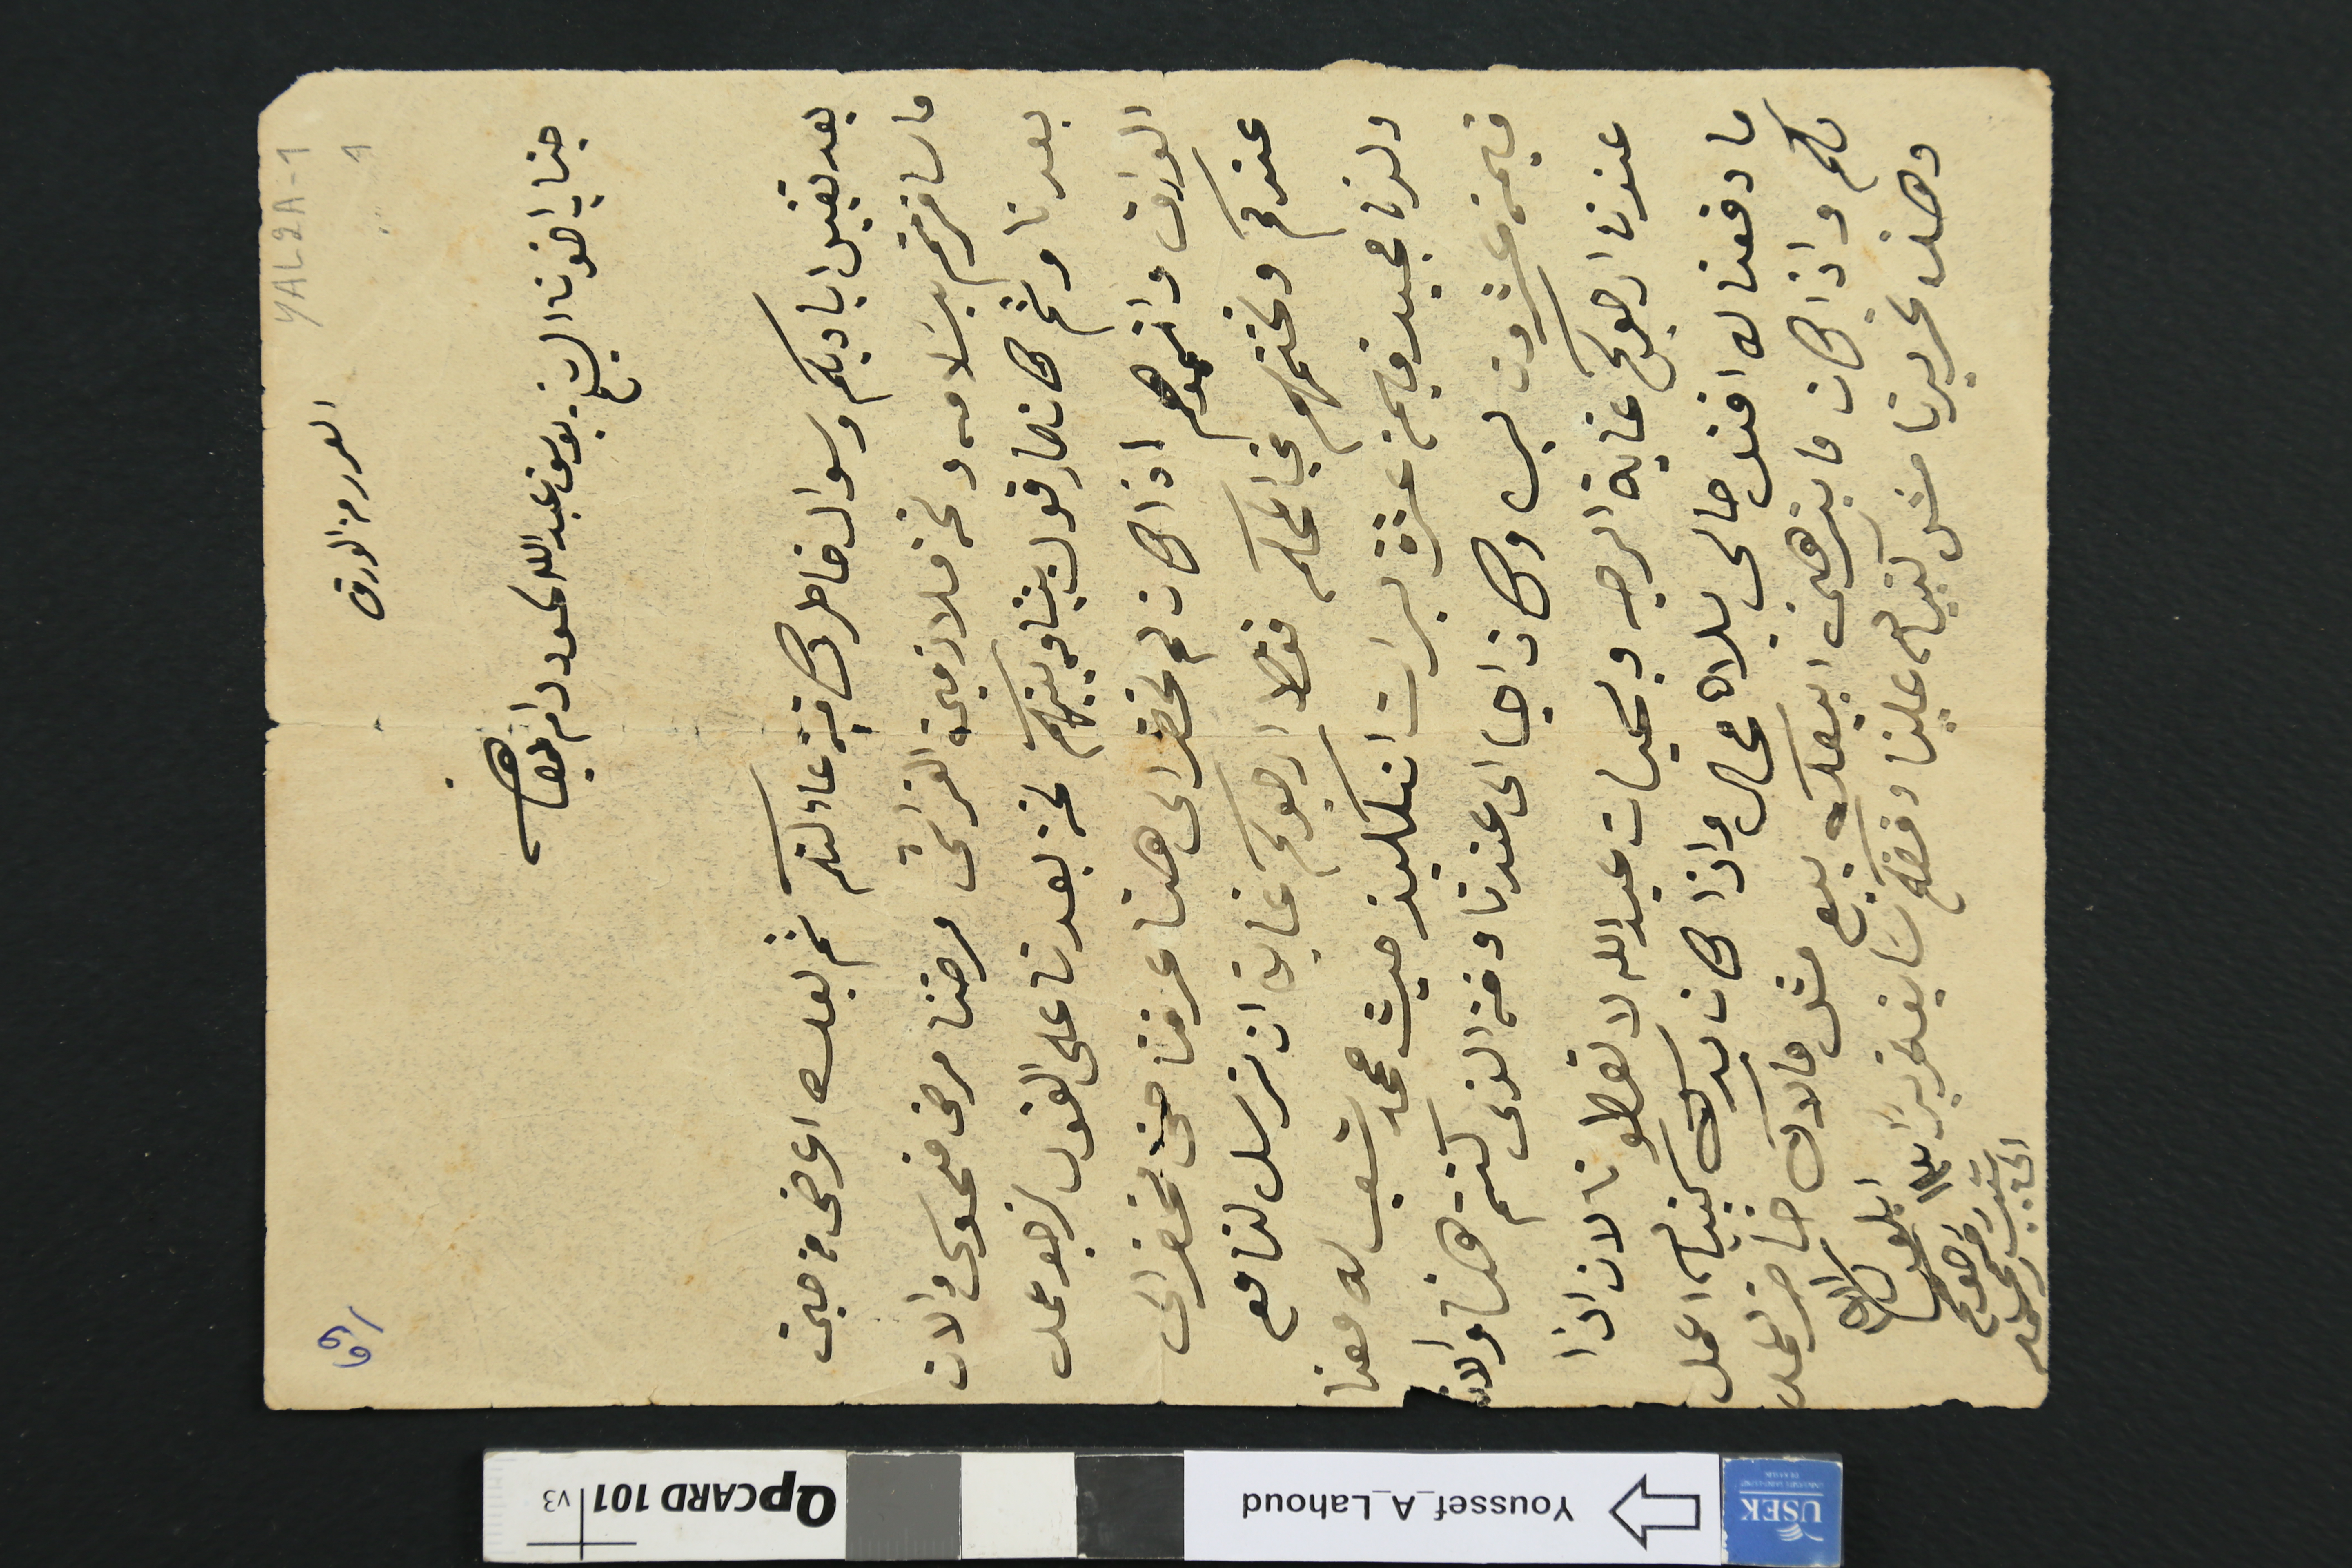
YAL2A-1
العرر من الورق
69
جناب اخونا الشيخ يوسف عبد الله لحود دام بقاه
بعد تقبيل اياديكم وسوال خاطرك فية عاءلتكم ثم بعد اعرض من حين
ما سافرتم بسَلامه ونحن ملازمين الفراش مرضنا مرض منحوس والان
بعدنا وثم كان صار قول بيننا وبينكم نحن بعدنا على القول نرجو عمل
الورق واتمموهم اذا كان لم تحضر الى هنا عرفنا حتى نحضر الى
عندكم ونختمهم في المحكمة فقط ارجوكم غاية ان ترسل لنا مع
ولدنا مجيد قيمة عشرة ليرات انكليز حيث محمد شعب له معنا
قيمة عشرون ليرة وكان اجا الى عندنا وقة الذى كنتم هنا والان
عندنا ارجوكم غاية الرجه وبحيات عبدالله لا تعطونا لان اذا
ما دفعنا له افند حالى بلاه محال واذا كان بدك كنبياله اعمل
لكم واذا كان ما بترهنى ابيعك بيع مثل ما لاك خاضر اعمل
وهذ تحريرنا مش كنبياله علينا وفضلكم سابق تحريراً ١٣ ايلول /١٩١١
اخوكم رحمى رعد